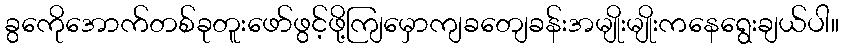
ခွကေိုအောက်တစ်ခုတူးဖော်ဖွင့်ဖို့ကျြမှောကျခတျေခန်းအမျိုးမျိုးကနေရွေးချယ်ပါ။